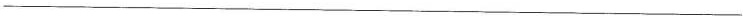
___